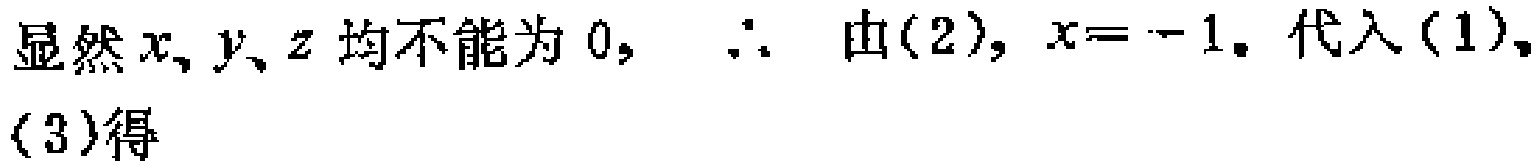
显然 \(x,y,z\) 均不能为 \(0,\)  \(\therefore\) 由\((2)\)，\(x = - 1\)。代入\((1)\)，\((3)\)得